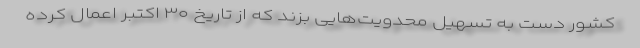
کشور دست به تسهیل محدویت‌هایی بزند که از تاریخ ۳۰ اکتبر اعمال کرده